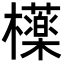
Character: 𣟿